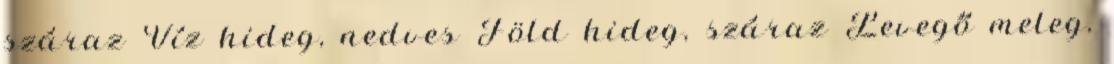
száraz Víz hideg, nedves Föld hideg, száraz Levegő meleg,